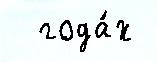
  года́х